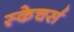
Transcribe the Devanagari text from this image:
स्केचर्स